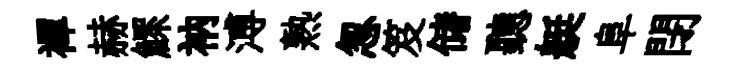
襌赫鰥衲溥熟怱笈储聽艇阜閉